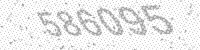
Solution: 586095